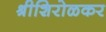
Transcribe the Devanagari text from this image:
श्रीशिरोळकर